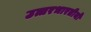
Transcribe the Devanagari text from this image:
उत्तरभारतीयों